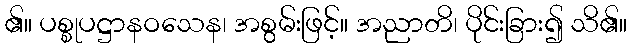
၏။ ပစ္စုပဋ္ဌာနဝသေန၊ အစွမ်းဖြင့်။ အညာတိ၊ ပိုင်းခြား၍ သိ၏။